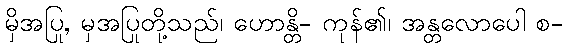
မှိအပြု, မှအပြုတို့သည်၊ ဟောန္တိ- ကုန်၏၊ အန္တလောပေါ စ-